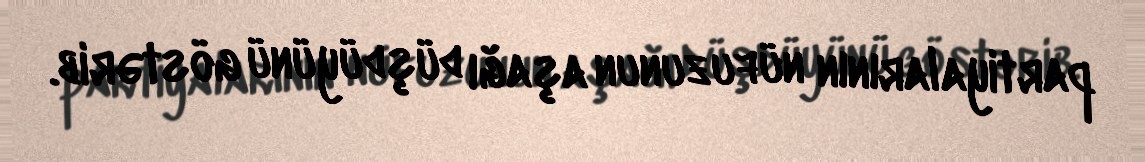
partiyalarının nüfuzunun aşağı düşdüyünü göstərib.